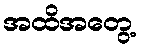
အထိအတွေ့